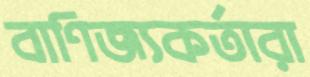
বাণিজ্যকর্তারা